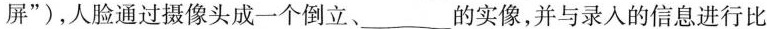
屏”)，人脸通过摄像头成一个倒立、___的实像，并与录人的信息进行比